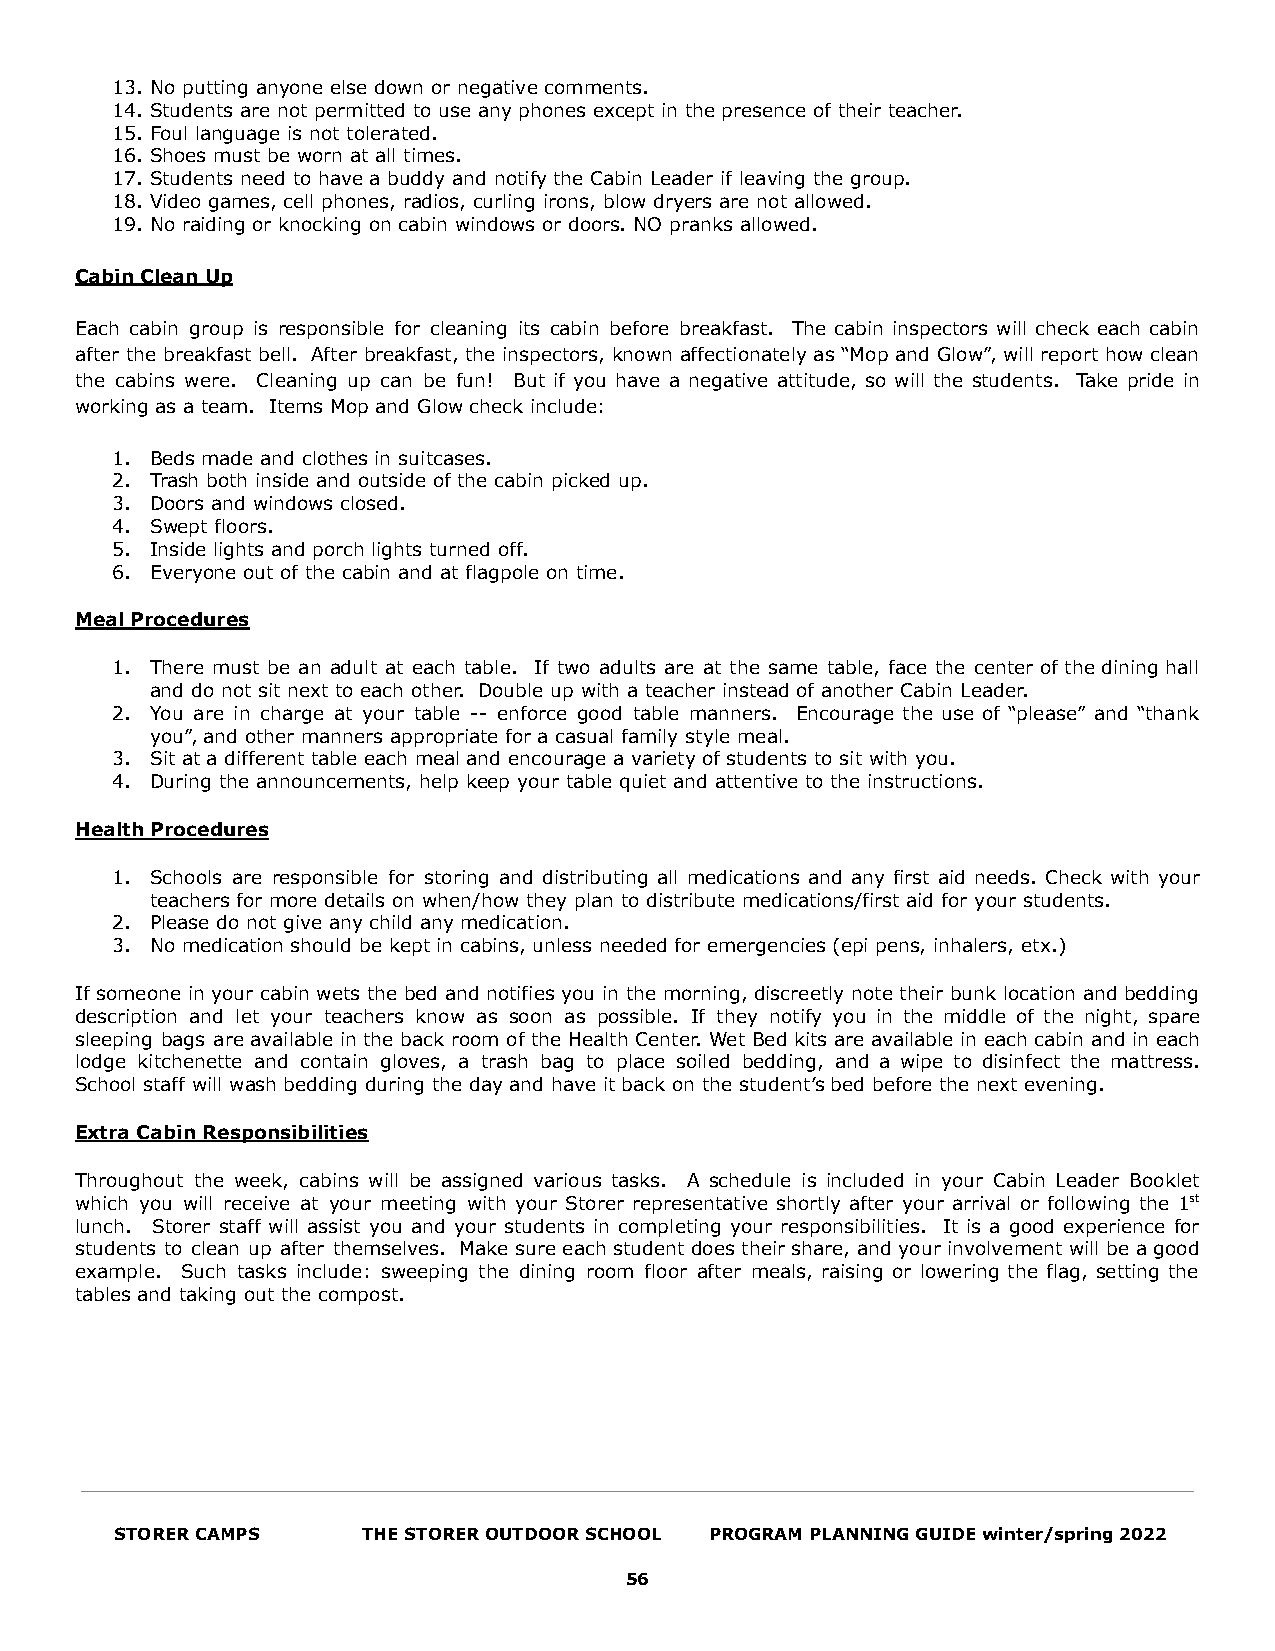
13. No putting anyone else down or negative comments.
 14. Students are not permitted to use any phones except in the presence of their teacher.
 15. Foul language is not tolerated.
 16. Shoes must be worn at all times.
 17. Students need to have a buddy and notify the Cabin Leader if leaving the group.
 18. Video games, cell phones, radios, curling irons, blow dryers are not allowed.
 19. No raiding or knocking on cabin windows or doors. NO pranks allowed.
 Cabin Clean Up
 Each cabin group is responsible for cleaning its cabin before breakfast. The cabin inspectors will check each cabin
 after the breakfast bell. After breakfast, the inspectors, known affectionately as “Mop and Glow”, will report how clean
 the cabins were. Cleaning up can be fun! But if you have a negative attitude, so will the students. Take pride in
 working as a team. Items Mop and Glow check include:
 1. Beds made and clothes in suitcases.
 2. Trash both inside and outside of the cabin picked up.
 3. Doors and windows closed.
 4. Swept floors.
 5. Inside lights and porch lights turned off.
 6. Everyone out of the cabin and at flagpole on time.
 Meal Procedures
 1. There must be an adult at each table. If two adults are at the same table, face the center of the dining hall
 and do not sit next to each other. Double up with a teacher instead of another Cabin Leader.
 2. You are in charge at your table -- enforce good table manners. Encourage the use of “please” and “thank
 you”, and other manners appropriate for a casual family style meal.
 3. Sit at a different table each meal and encourage a variety of students to sit with you.
 4. During the announcements, help keep your table quiet and attentive to the instructions.
 Health Procedures
 1. Schools are responsible for storing and distributing all medications and any first aid needs. Check with your
 teachers for more details on when/how they plan to distribute medications/first aid for your students.
 2. Please do not give any child any medication.
 3. No medication should be kept in cabins, unless needed for emergencies (epi pens, inhalers, etx.)
 If someone in your cabin wets the bed and notifies you in the morning, discreetly note their bunk location and bedding
 description and let your teachers know as soon as possible. If they notify you in the middle of the night, spare
 sleeping bags are available in the back room of the Health Center. Wet Bed kits are available in each cabin and in each
 lodge kitchenette and contain gloves, a trash bag to place soiled bedding, and a wipe to disinfect the mattress.
 School staff will wash bedding during the day and have it back on the student’s bed before the next evening.
 Extra Cabin Responsibilities
 Throughout the week, cabins will be assigned various tasks. A schedule is included in your Cabin Leader Booklet
 which you will receive at your meeting with your Storer representative shortly after your arrival or following the 1st
 lunch. Storer staff will assist you and your students in completing your responsibilities. It is a good experience for
 students to clean up after themselves. Make sure each student does their share, and your involvement will be a good
 example. Such tasks include: sweeping the dining room floor after meals, raising or lowering the flag, setting the
 tables and taking out the compost.
 STORER CAMPS    THE STORER OUTDOOR SCHOOL PROGRAM PLANNING GUIDE winter/spring 2022
 56